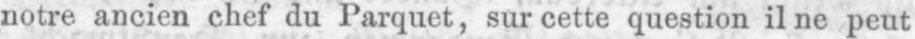
notre ancien chef du Parquet, sur cette question il ne peut